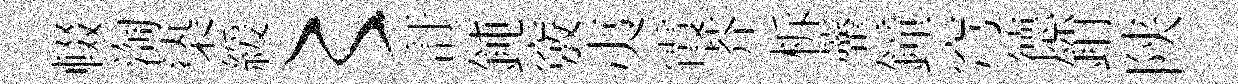
輟淘𣑱緩〻訏鈍竅夷霞芥柝虀鐘穹德銷陕